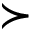
\succ